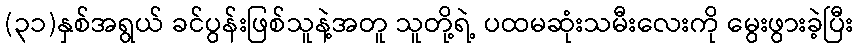
(၃၁)နှစ်အရွယ် ခင်ပွန်းဖြစ်သူနဲ့အတူ သူတို့ရဲ့ ပထမဆုံးသမီးလေးကို မွေးဖွားခဲ့ပြီး